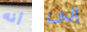
أنه إلى